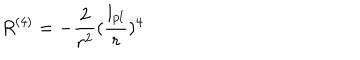
R ^ { ( 4 ) } = - { \frac { 2 } { r ^ { 2 } } } ( { \frac { l _ { p l } } { r } } ) ^ { 4 }